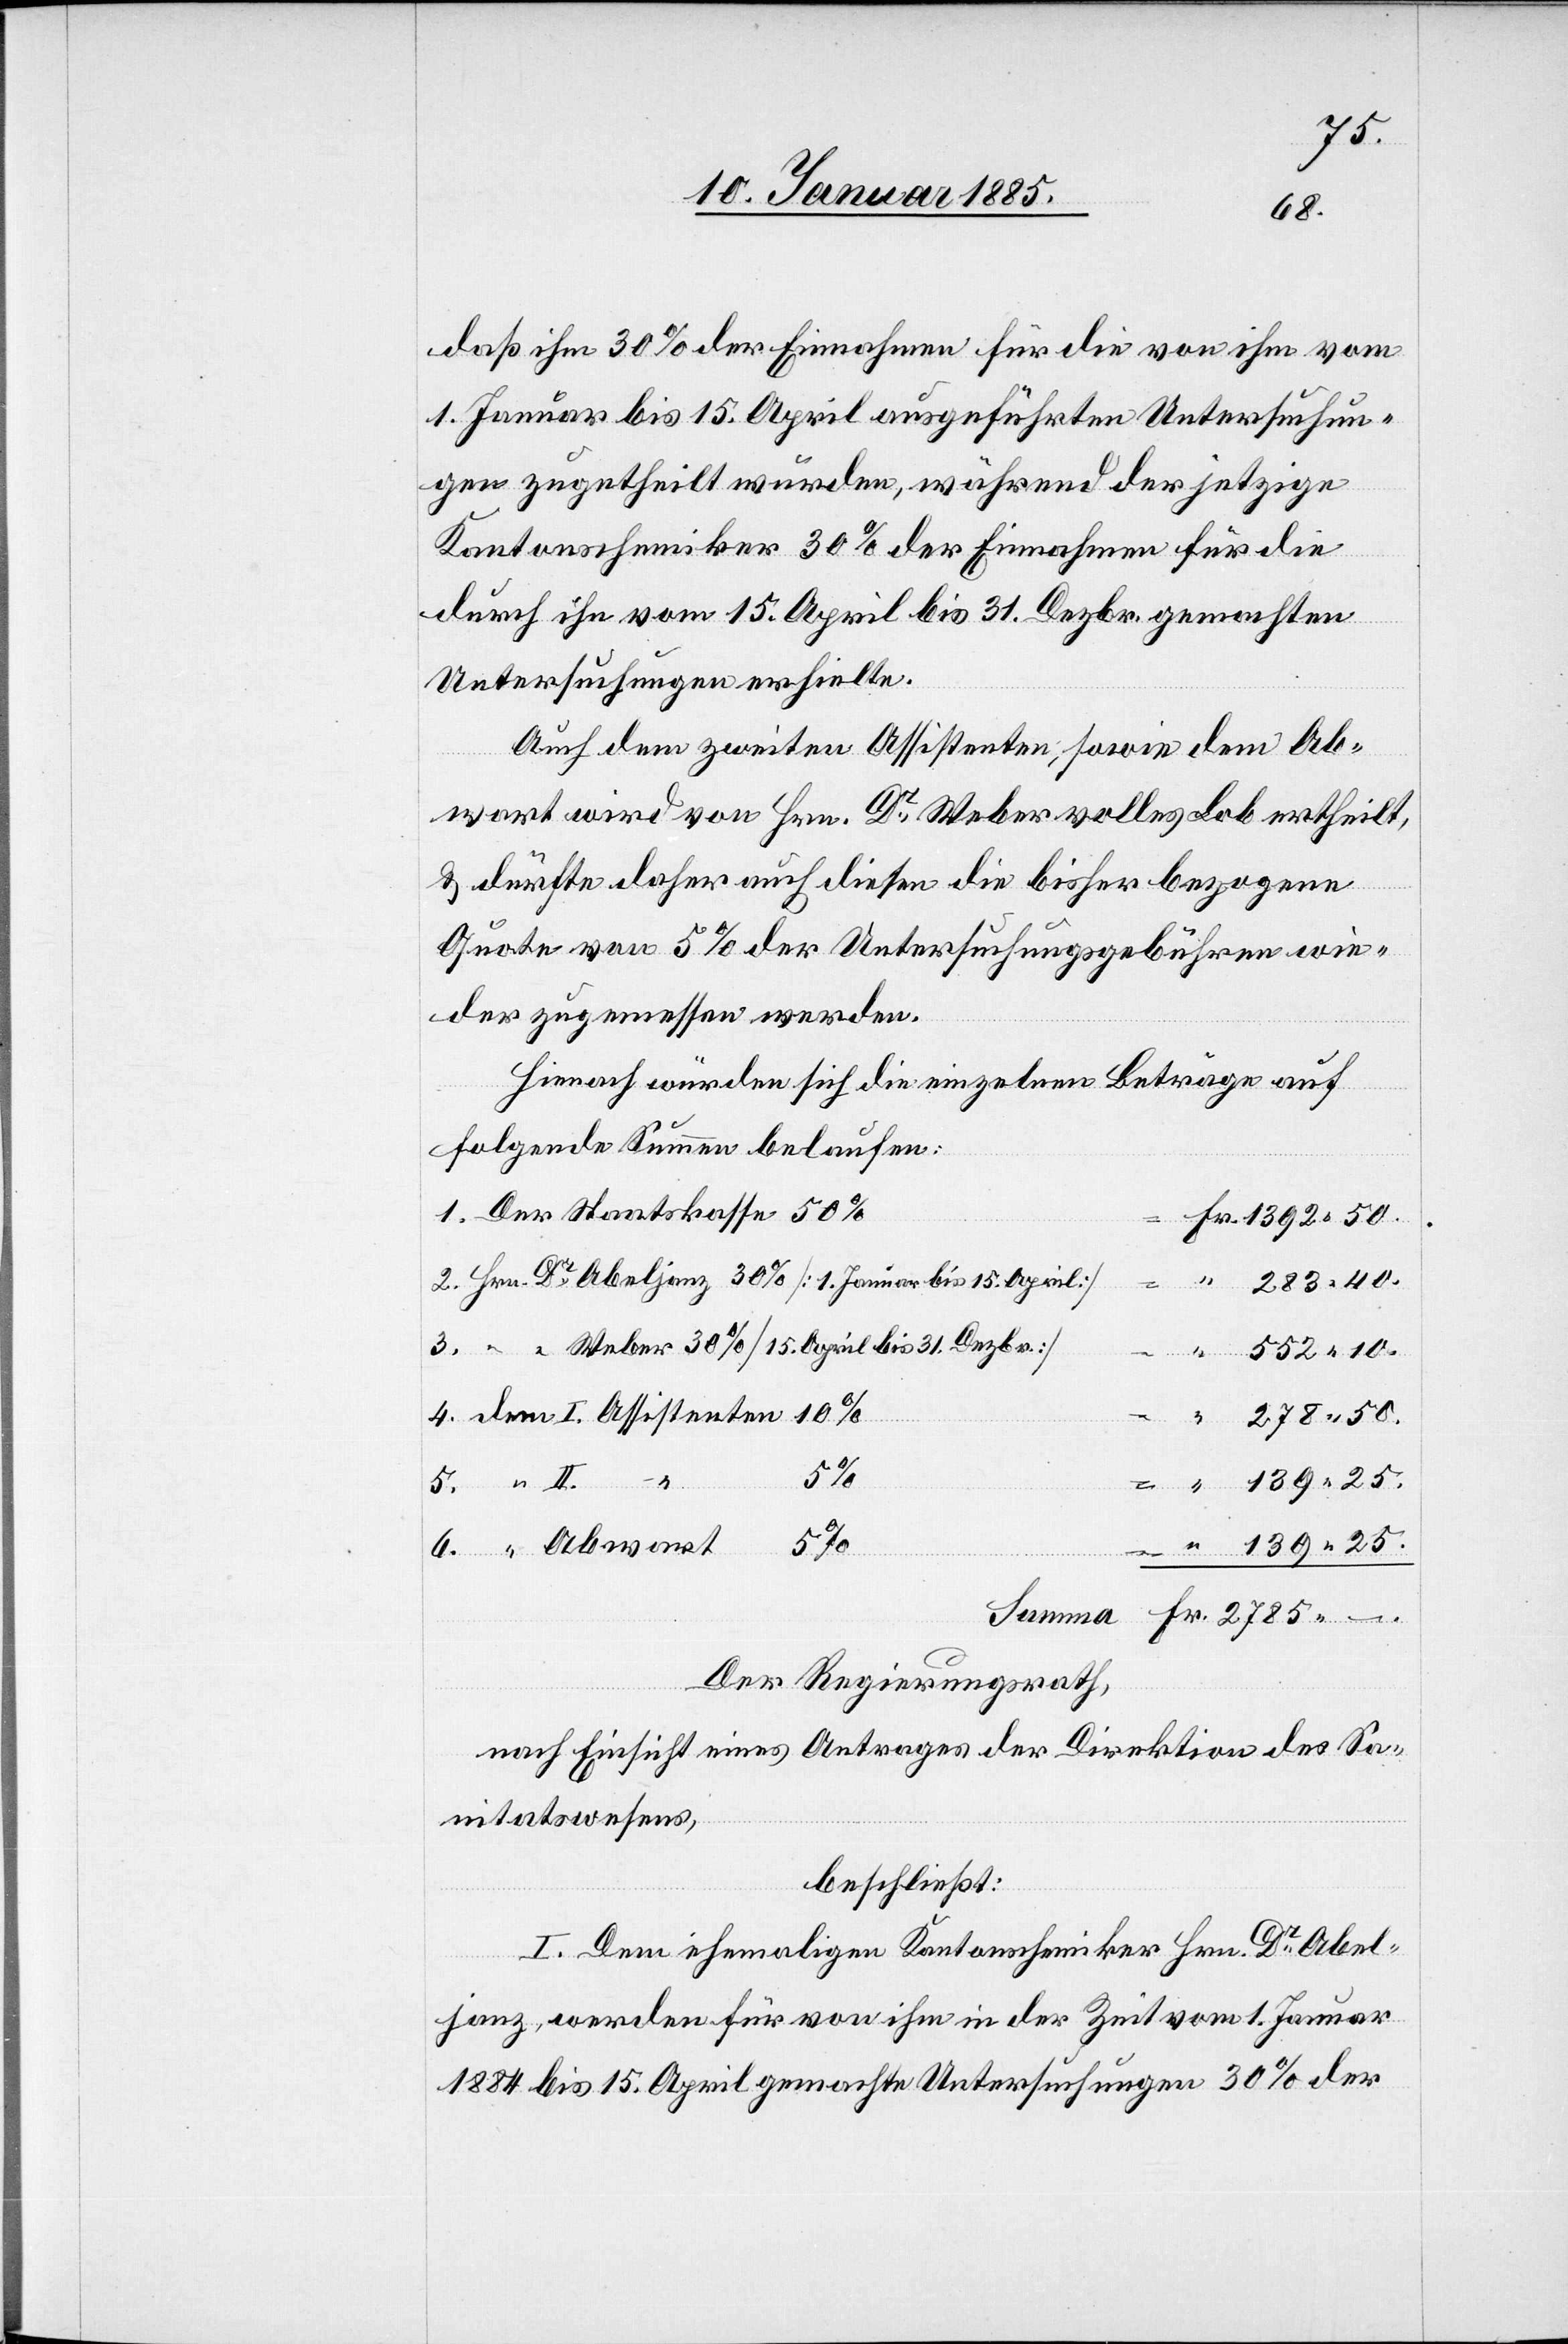
daß ihm 30% der Einnahmen für die von ihm vom
1. Januar bis 15. April ausgeführten Untersuchun¬
gen zugetheilt wurden, während der jetzige
Kantonschemiker 30% der Einnahmen für die
durch ihn vom 15. April bis 31. Dezbr. gemachten
Untersuchungen erhielte.
Auch dem zweiten Assistenten, sowie dem Ab¬
wart wird von Hrn. Dr Weber volles Lob ertheilt,
& dürfte daher auch diesen die bisher bezogene
Quote von 5% der Untersuchungsgebühren wie¬
der zugemessen werden.
Hienach würden sich die einzelnen Beträge auf
“
folgende Summe belaufen:
1. Der Staatskasse 50%
2. Hrn. Dr Abeljanz 30% [1. Januar bis 15. April]
283 40
3. “ “ Weber 30% [15. April bis 31. Dezbr.]
4. dem I. Assistenten 10%
2785 –.
552
139 25
Fr.
II.
6. “ Abwart
Summa
Der Regierungsrath,
nach Einsicht eines Antrages der Direktion des Sa¬
nitätswesens,
beschließt:
I. Dem ehemaligen Kantonschemiker Hrn. Dr Abel¬
janz, werden für von ihm in der Zeit vom 1. Januar
1884 bis 15. April gemachte Untersuchungen 30% der